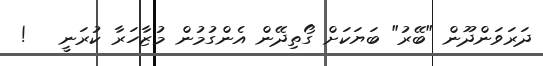
ދަރަވަންދޫން "ބޭރު" ބަޔަކަށް ގޯތިދޭން އެންގުމުން މުޒާހަރާ ކުރަނީ   !